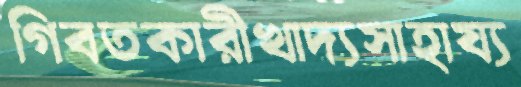
গিবতকারীখাদ্যসাহায্য